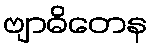
ဗျာဓိတေန